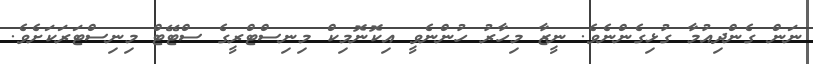
ނަން ގެންދިއުމާ ގުޅިގެންނެވެ. ނީޒާ މިހާރު ހުންނެވީ އިކޮނޮމިކް މިނިސްޓްރީގެ ސްޓޭޓް މިނިސްޓަރަކަށެވެ.